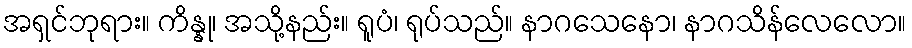
အရှင်ဘုရား။ ကိန္နု၊ အသို့နည်း။ ရူပံ၊ ရုပ်သည်။ နာဂသေနော၊ နာဂသိန်လေလော။